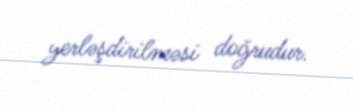
yerləşdirilməsi doğrudur.